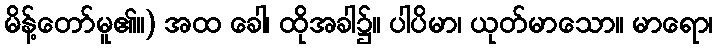
မိန့်တော်မူ၏။) အထ ခေါ၊ ထိုအခါ၌။ ပါပိမာ၊ ယုတ်မာသော။ မာရော၊